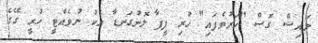
މައިޝް ގޮސް "ހަރުވެފައި" ހުރި ފީފާ ލޮނުގަނޑާ އެކު ނުވެއްޓީ ހުރީ ގޭގެ